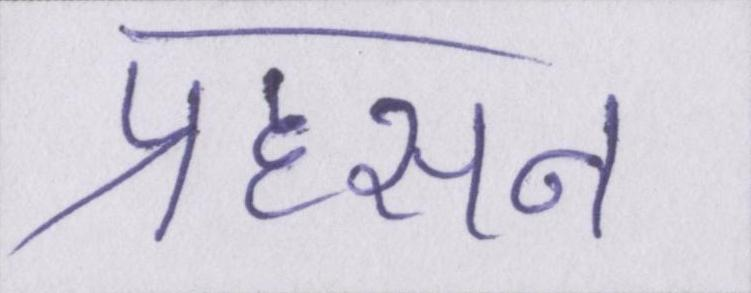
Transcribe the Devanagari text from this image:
प्रहसन